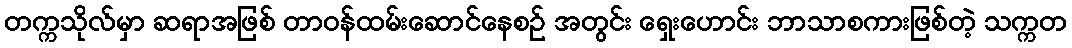
တက္ကသိုလ်မှာ ဆရာအဖြစ် တာဝန်ထမ်းဆောင်နေစဉ် အတွင်း ရှေးဟောင်း ဘာသာစကားဖြစ်တဲ့ သက္ကတ